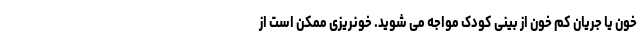
خون یا جریان کم خون از بینی کودک مواجه می شوید. خونریزی ممکن است از